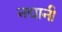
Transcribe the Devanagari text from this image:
नद्यानी